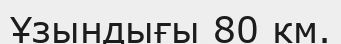
Ұзындығы 80 км.